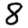
Digit: 8